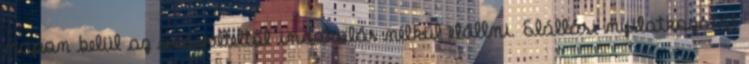
napon belül az adásvételtől indokolás nélkül elállni. Elállási nyilatkozatát